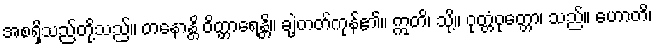
အစရှိသည်တို့သည်။ တနောန္တိ ဝိတ္တာရေန္တိ။ ချဲ့တတ်ကုန်၏။ ဣတိ၊ သို့။ ဝုတ္တံဝုတ္တော၊ သည်။ ဟောတိ၊